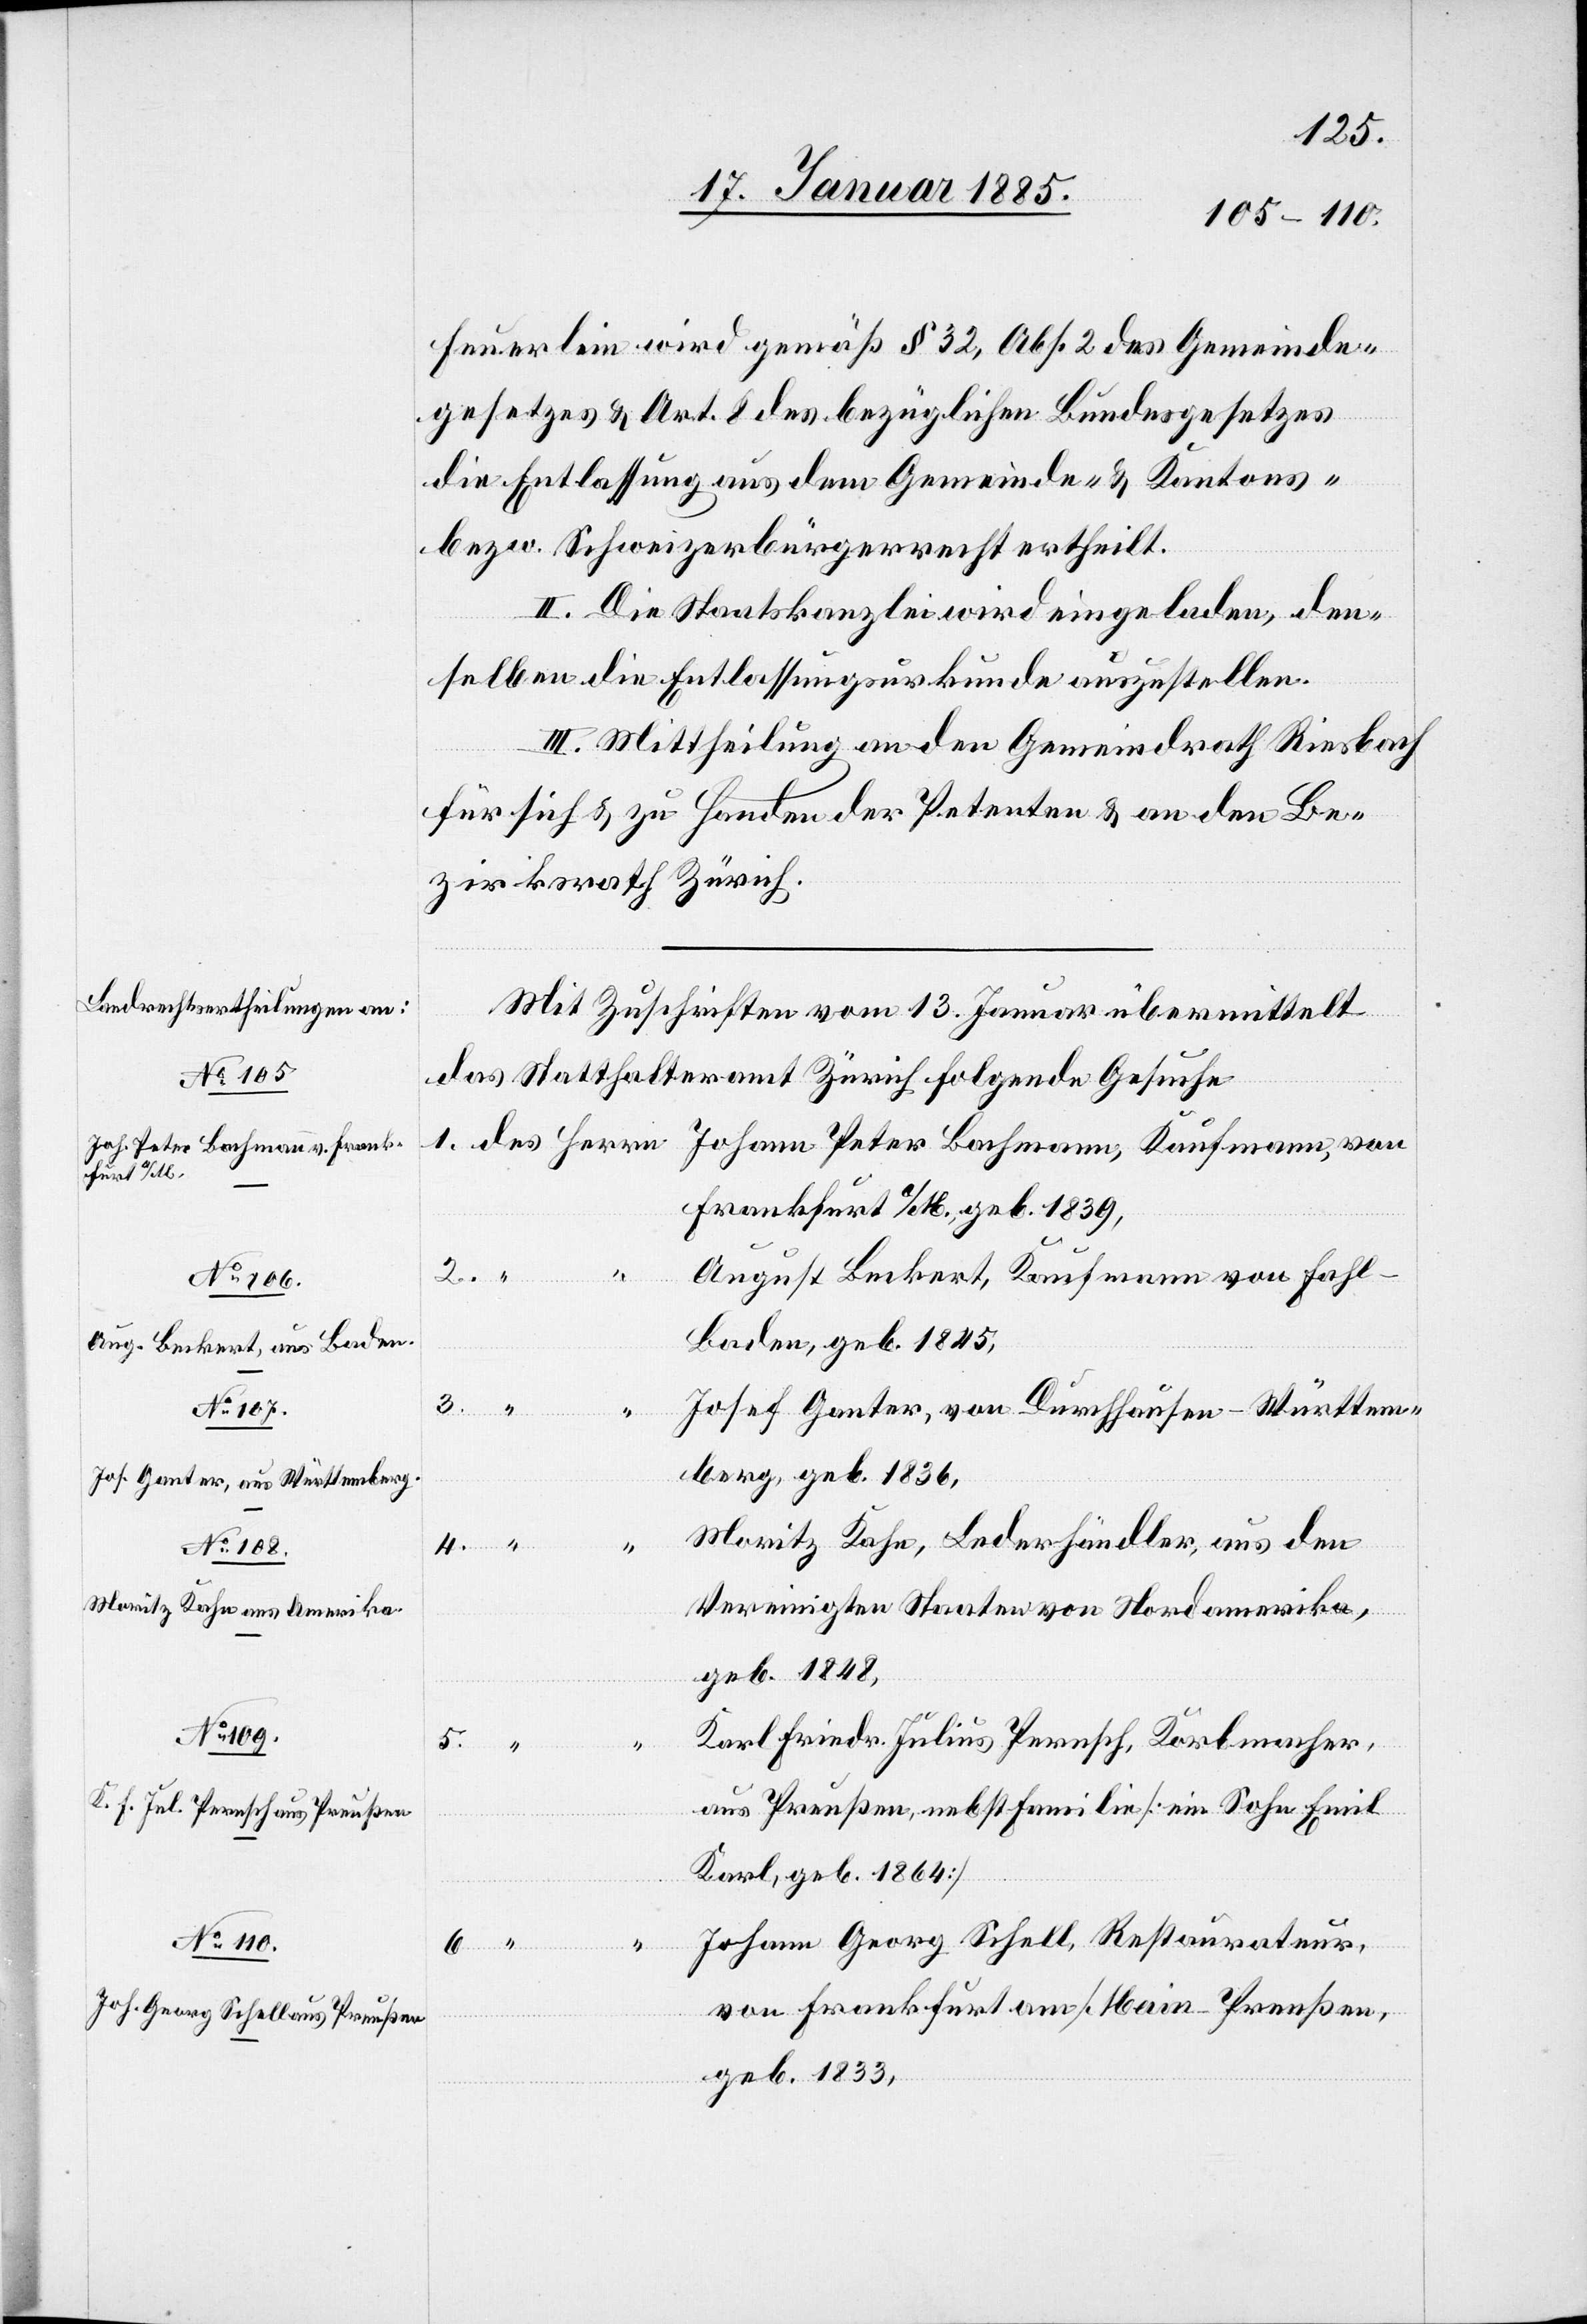
Feuerlein wird gemäß § 32, Abs. 2 des Gemeinde¬
gesetzes & Art. 8 des bezüglichen Bundesgesetzes
die Entlassung aus dem Gemeinde- & Kantons-
bezw. Schweizerbürgerrecht ertheilt.
Herrn]
II. Die Staatskanzlei wird eingeladen, den¬
selben die Entlassungsurkunde auszustellen.
III. Mittheilung an den Gemeindrath Riesbach
für sich & zu Handen der Petenten & an den Be¬
zirksrath Zürich.
Mit Zuschrift vom 13. Januar übermittelt
das Statthalteramt Zürich folgende Gesuche
Frankfurt a/M., geb. 1839,
RRB
August Beckert, Kaufmann von Fahl
Baden, geb. 1845,
3.
Josef Ganter, von Durchhausen - Württem¬
berg, geb. 1836,
Moritz Kahn, Lederhändler, aus den
Vereinigten Staaten von Nordamerika,
geb. 1848,
Karl Friedr. Julius Pernsch, Korbmacher,
6.
aus Preußen, nebst Familie [ein Sohn Emil
Karl, geb. 1864]
von
Johann Georg Schell, Restaurateur,
von Frankfurt am/Main - Preußen,
geb. 1833,